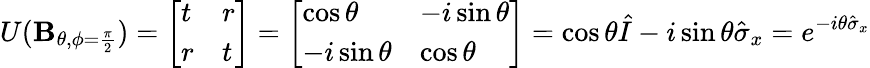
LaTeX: U(\mathbf{B}_{\theta,\phi={\frac{\pi}{2}}})={\left[\begin{array}{ll}{t}&{r}\\ {r}&{t}\end{array}\right]}={\left[\begin{array}{ll}{\cos\theta}&{-i\sin\theta}\\ {-i\sin\theta}&{\cos\theta}\end{array}\right]}=\cos\theta{\hat{I}}-i\sin\theta{\hat{\sigma}}_{x}=e^{-i\theta{\hat{\sigma}}_{x}}